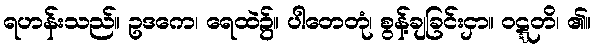
ရဟန်းသည်။ ဥဒကေ၊ ရေထဲ၌။ ပါတေတုံ၊ စွန့်ချခြင်းငှာ။ ဝဋ္ဋတိ၊ ၏။